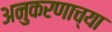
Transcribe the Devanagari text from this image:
अनुकरणाच्या